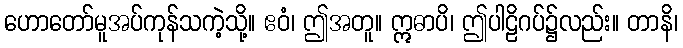
ဟောတော်မူအပ်ကုန်သကဲ့သို့။ ဧဝံ၊ ဤအတူ။ ဣဓာပိ၊ ဤပါဠိဂပ်၌လည်း။ တာနိ၊